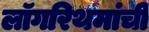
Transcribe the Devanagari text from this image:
लॉगरिथमांची